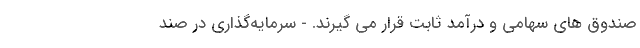
صندوق های سهامی و درآمد ثابت قرار می گیرند. - سرمایه‌گذاری در صند